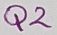
Text: Q2